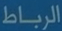
الرباط